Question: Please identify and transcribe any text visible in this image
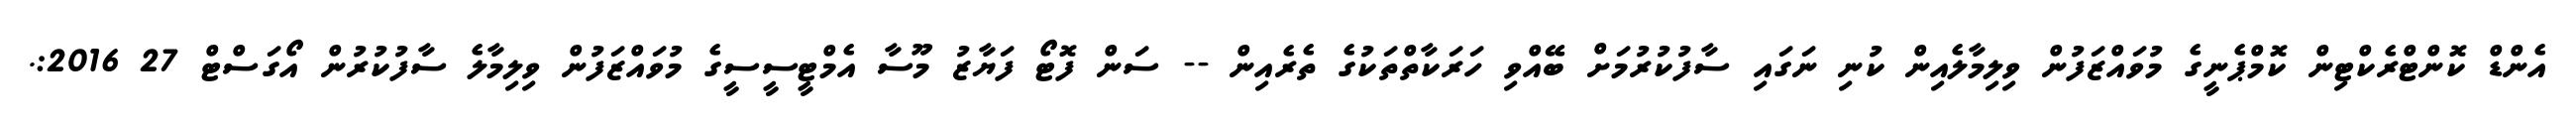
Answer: އެންޑް ކޮންޓްރެކްޓިން ކޮމްޕެނީގެ މުވައްޒަފުން ވިލިމާލެއިން ކުނި ނަގައި ސާފުކުރުމަށް ބޭއްވި ހަރަކާތްތަކުގެ ތެރެއިން -- ސަން ފޮޓޯ ފަޔާޒު މޫސާ އެމްޓީސީސީގެ މުވައްޒަފުން ވިލިމާލެ ސާފުކުރުން އޯގަސްޓް 27 2016:.